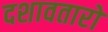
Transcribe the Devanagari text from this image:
दशावतारो